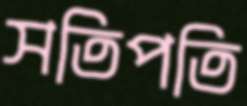
সতিপতি